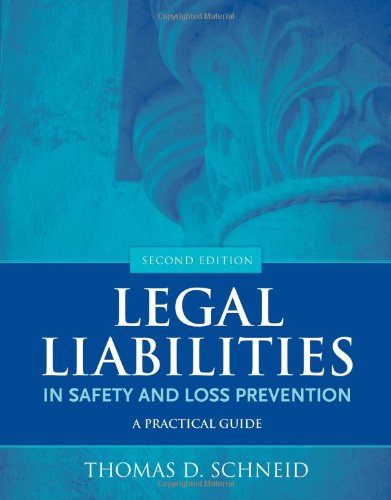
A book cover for Legal Liabilities In Safety And Loss Prevention: A Practical Guide; Thomas D. Schneid; Law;